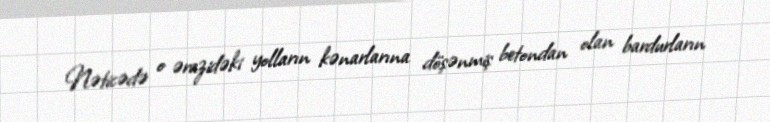
Nəticədə o ərazidəki yolların kənarlarına döşənmiş betondan olan bardurların